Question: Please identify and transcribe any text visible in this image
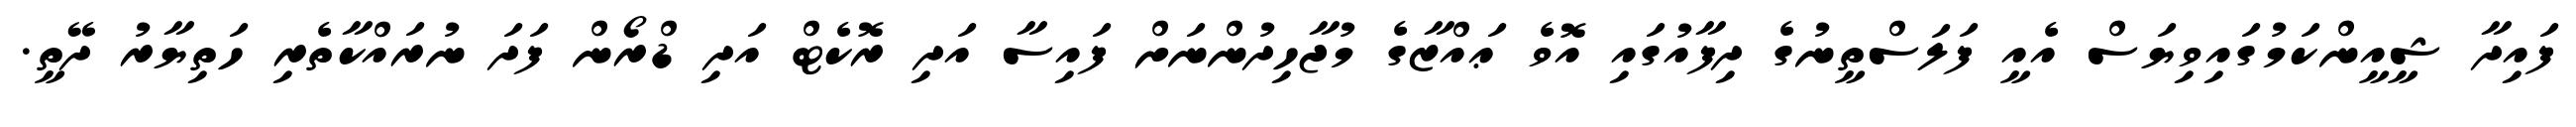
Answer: ފައިދާ ޝީއީންކަމުގައިވިޔަސް އެއީ ފަލަސްތީނުގެ ދިފާއުގައި އޮވެ ޢައްޒާގެ މުޖާހިދުންނަށް ފައިސާ އަދި ރޮކެޓް އަދި ޑްރޯން ފަދަ ނުރައްކާތެރި ހަތިޔާރު ދޭތީ.